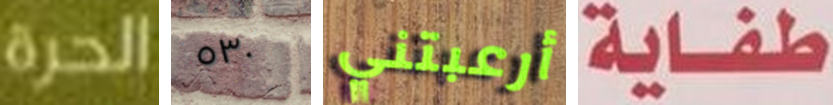
الحرة ٥٣٠ أرعبتني طفاية